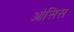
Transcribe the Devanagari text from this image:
ओसिस